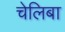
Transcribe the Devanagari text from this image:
चेलिबा